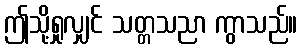
ဤသို့ရှုလျှင် သတ္တသညာ ကွာသည်။